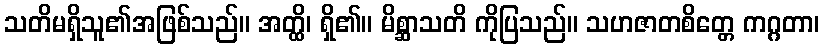
သတိမရှိသူ၏အဖြစ်သည်။ အတ္ထိ၊ ရှိ၏။ မိစ္ဆာသတိ ကိုပြသည်။ သဟဇာတစိတ္တေ ကဂ္ဂတာ၊